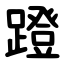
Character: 蹬